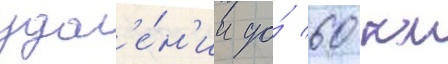
удал'е́н'ии до́ 60 км